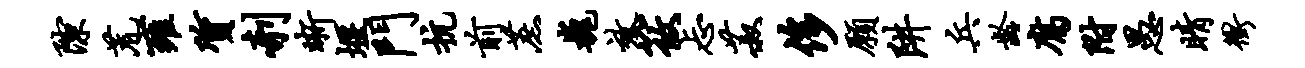
隙荒雍质剞晰堰门抗前蔗巍效筱忐菽侈愿阱兵龄腐附愚睛冲